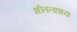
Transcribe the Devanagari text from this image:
शीतलाशयः